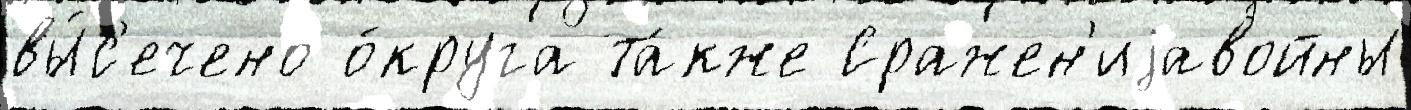
вы́с'ечено о́круга та́кже Сражен'иjавойны